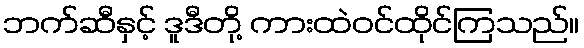
ဘက်ဆီနှင့် ဒူဒီတို့ ကားထဲဝင်ထိုင်ကြသည်။